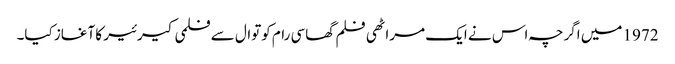
1972 میں اگرچہ اس نے ایک مراٹھی فلم گھاسی رام کوتوال سے فلمی کیرئیر کا آغاز کیا۔